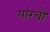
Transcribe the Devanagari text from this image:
यांग्चौ